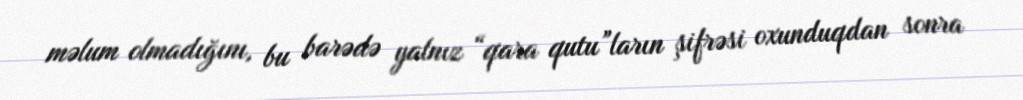
məlum olmadığını, bu barədə yalnız “qara qutu”ların şifrəsi oxunduqdan sonra